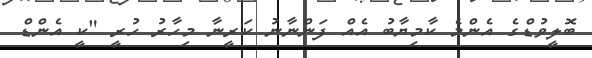
ބޮލީވުޑްގެ އެންމެ ކާމިޔާބު އެއް ފަންނާނު ކަރީނާ މިހާރު ހުރީ "ކީ އެންޑް